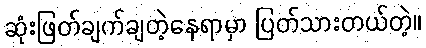
ဆုံးဖြတ်ချက်ချတဲ့နေရာမှာ ပြတ်သားတယ်တဲ့။